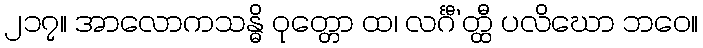
၂၁၇။ အာလောကသန္ဓိ ဝုတ္တော ထ၊ လင်္ဂီ’တ္ထီ ပလိဃော ဘဝေ။